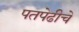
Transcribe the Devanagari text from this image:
पतपेढीचे